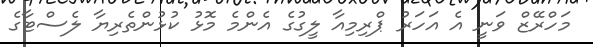
މަހްރޭޒް ވަނީ އެ އަހަރު ޕްރިމިއާ ލީގުގެ އެންމެ މޮޅު ކުޅުންތެރިޔާ ލެސްޓާގެ